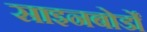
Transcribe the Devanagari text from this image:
साइनबोर्डों